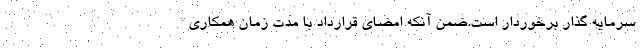
سرمایه گذار برخوردار است.ضمن آنکه امضای قرارداد با مدت زمان همکاری